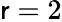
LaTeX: \mathsf{r}=2